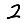
Digit: 2